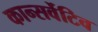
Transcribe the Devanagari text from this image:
कान्सर्वेटिव